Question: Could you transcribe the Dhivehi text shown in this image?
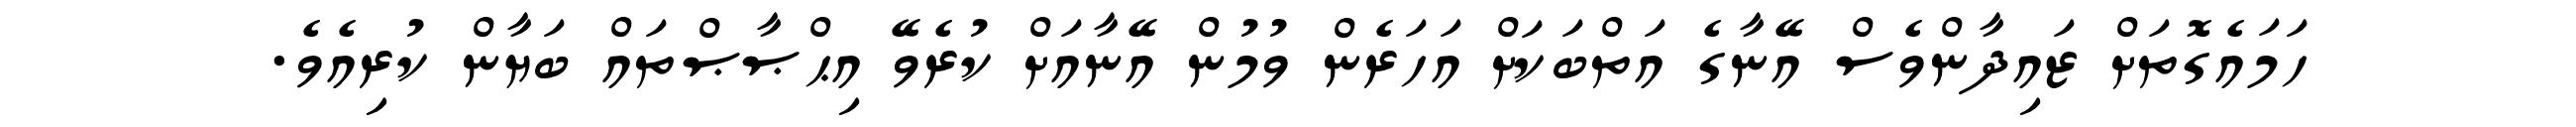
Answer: ހަމައެގޮތަށް ޒައިދާންވެސް އޭނާގެ އަތްބަކަށް އަހަރެން ވުމުން އޭނާއަށް ކުރެވޭ އިޙްޞާޞްތައް ބަޔާން ކުރިއެވެ.